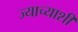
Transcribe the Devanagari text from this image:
ज्याच्याशी